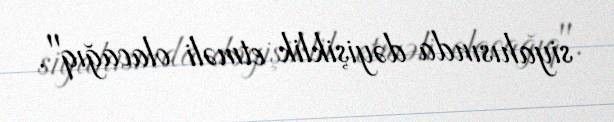
siyahısında dəyişiklik etməli olacağıq".